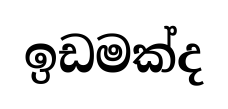
ඉඩමක්ද